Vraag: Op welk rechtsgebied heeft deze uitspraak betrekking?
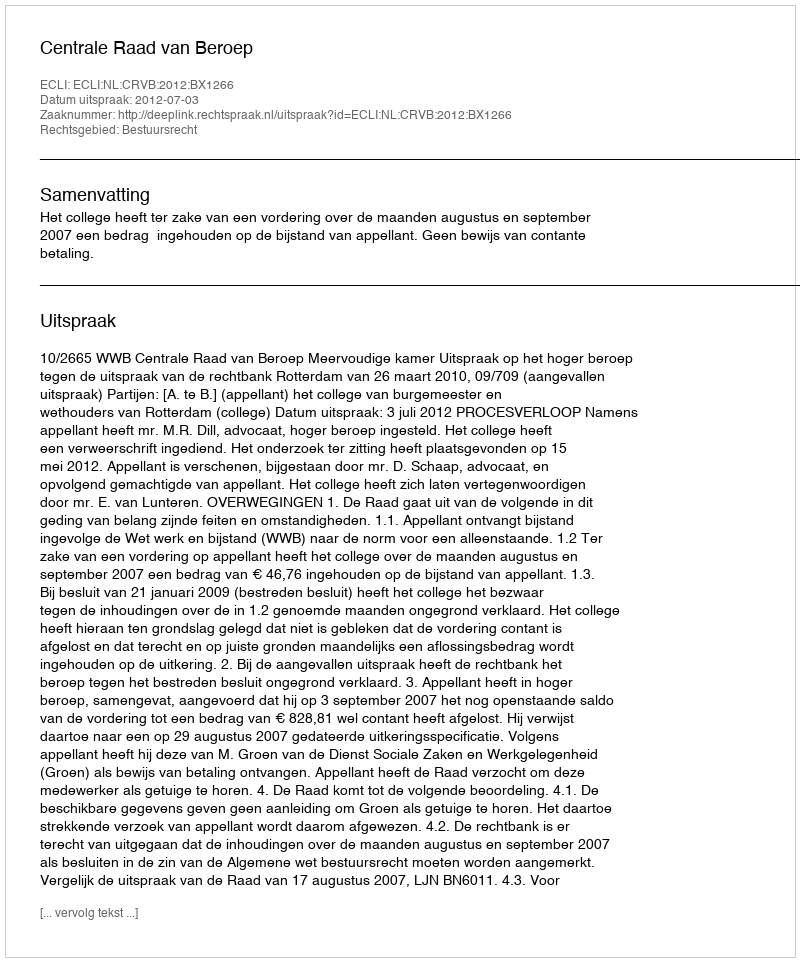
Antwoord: Bestuursrecht